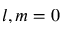
l , m = 0